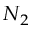
N _ { 2 }